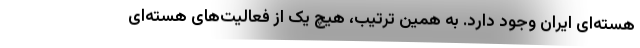
هسته‌ای ایران وجود دارد. به همین ترتیب، هیچ یک از فعالیت‌های هسته‌ای